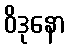
ဝိဒုနော